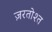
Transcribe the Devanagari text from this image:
ज़रतोश्त